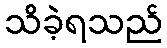
သိခဲ့ရသည်